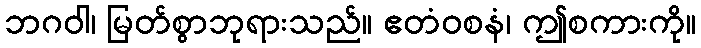
ဘဂဝါ၊ မြတ်စွာဘုရားသည်။ ဧတံဝစနံ၊ ဤစကားကို။